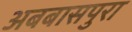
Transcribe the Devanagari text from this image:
अबबासपुरा